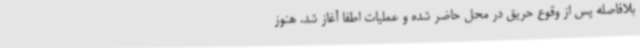
بلافاصله پس از وقوع حریق در محل حاضر شده و عملیات اطفا آغاز شد. هنوز